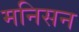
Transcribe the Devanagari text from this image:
मनिसन